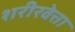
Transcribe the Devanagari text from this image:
शरीरवेत्ता